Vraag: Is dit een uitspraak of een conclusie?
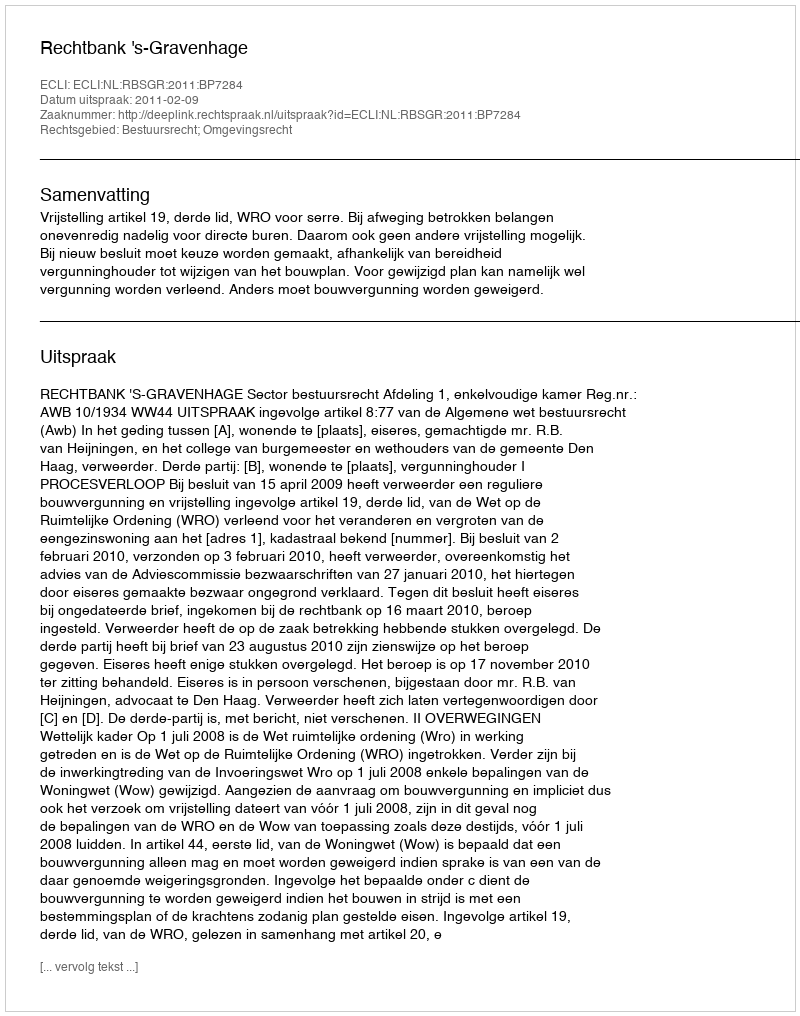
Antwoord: Uitspraak